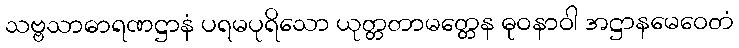
သဗ္ဗသာဓာရဏဋ္ဌာနံ ပရမပုရိသော ယုတ္တတာမတ္တေန ဓုဝနာဝါ အဋ္ဌာနမေဝေတံ